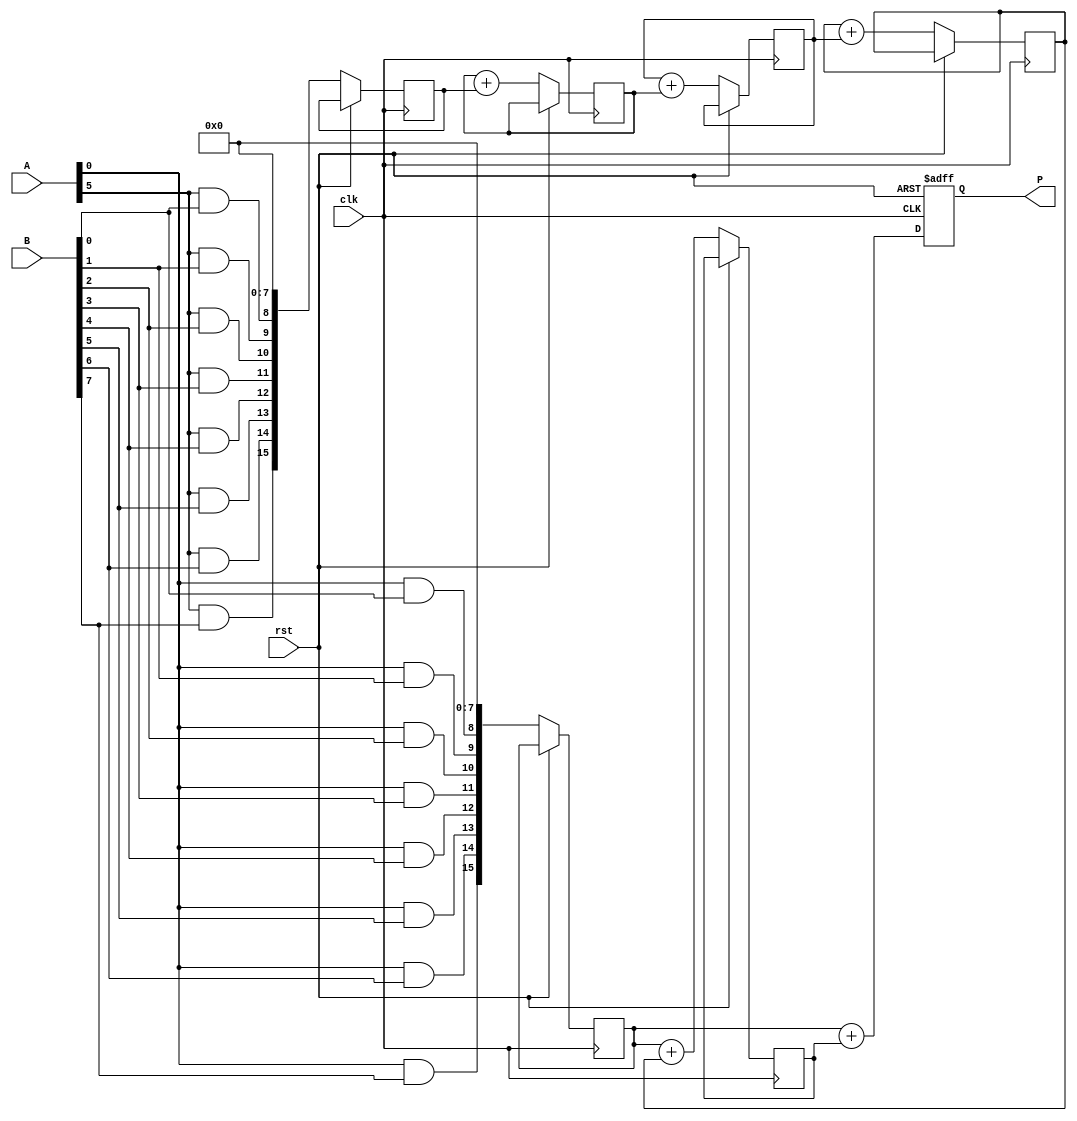
module WallaceTreeMultiplier #(parameter N = 8)(
    input wire clk,
    input wire rst,
    input wire [N-1:0] A,
    input wire [N-1:0] B,
    output reg [2*N-1:0] P
);

    // Internal signals
    wire [N-1:0] pp [0:N-1];  // Partial products
    reg [2*N-1:0] sum [0:N-1]; // Sum stage for the Wallace tree

    // Generate Partial Products
    genvar i, j;
    generate
        for (i = 0; i < N; i = i + 1) begin : pp_gen
            for (j = 0; j < N; j = j + 1) begin : pp_gen_inner
                assign pp[i][j] = A[i] & B[j]; // AND operation for partial product
            end
        end
    endgenerate

    // Wallace Tree Reduction
    integer k;
    always @(posedge clk or posedge rst) begin
        if (rst) begin
            P <= 0; // Reset output
        end else begin
            // Initialize the first stage with the partial products
            for (k = 0; k < N; k = k + 1) begin
                sum[k] <= {pp[k], {N{1'b0}}}; // Extend to 2N bits for proper alignment
            end

            // Perform reduction
            for (k = 0; k < N-1; k = k + 1) begin
                // Combine three bits into two
                if (k < N/3) begin
                    sum[k+1] <= sum[k] + sum[k+2];
                end else if (k < (2*N)/3) begin
                    sum[k] <= sum[k] + sum[k+1];
                end
            end

            // Combine final two sums
            P <= sum[0] + sum[1]; // Final addition
        end
    end

endmodule